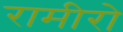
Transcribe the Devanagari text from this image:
रामीरो